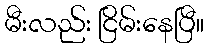
မီးလည်း ငြိမ်းနေပြီ။